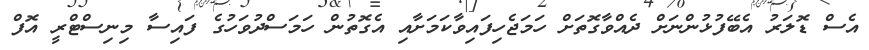
އެސް ޑޮލަރު އެބޭފުޅުންނަށް ދެއްވާގޮތަށް ހަމަޖެހިފައިވާކަމަށާއި އެގޮތުން ހަމަސްދުވަހުގެ ފައިސާ މިނިސްޓްރީ އޮފް